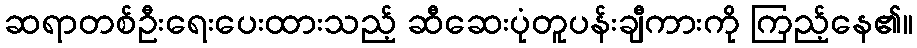
ဆရာတစ်ဦးရေးပေးထားသည့် ဆီဆေးပုံတူပန်းချီကားကို ကြည့်နေ၏။